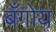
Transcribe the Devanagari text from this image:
बँगोय